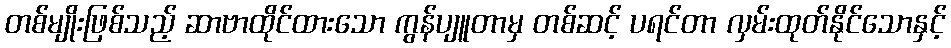
တစ်မျိုးဖြစ်သည့် ဆာဗာထိုင်ထားသော ကွန်ပျူတာမှ တစ်ဆင့် ပရင်တာ လှမ်းထုတ်နိုင်သောနှင့်